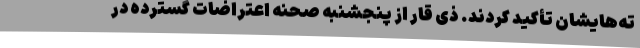
ته‌هایشان تأکید کردند. ذی قار از پنجشنبه صحنه اعتراضات گسترده در